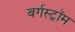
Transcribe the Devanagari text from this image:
बर्गस्ट्रॉम